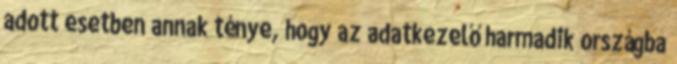
adott esetben annak ténye, hogy az adatkezelő harmadik országba